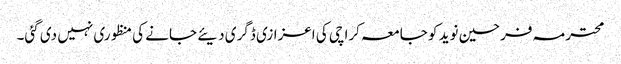
محترمہ فرحین نوید کو جامعہ کراچی کی اعزازی ڈگری دیئے جانے کی منظوری نہیں دی گئی۔